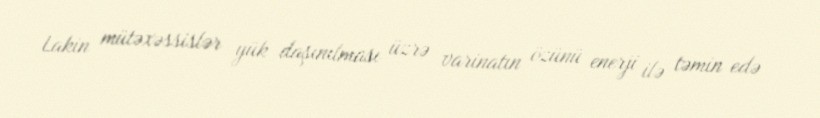
Lakin mütəxəssislər yük daşınılması üzrə varinatın özünü enerji ilə təmin edə